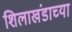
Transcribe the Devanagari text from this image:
शिलाखंडाच्या